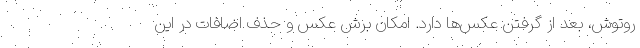
روتوش، بعد از گرفتن عکس‌ها دارد. امکان برش عکس و حذف اضافات در این